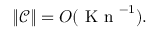
\| \mathcal { C } \| = O ( \ensuremath { \mathrm { ~ K ~ n ~ } } ^ { - 1 } ) .